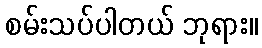
စမ်းသပ်ပါတယ် ဘုရား။